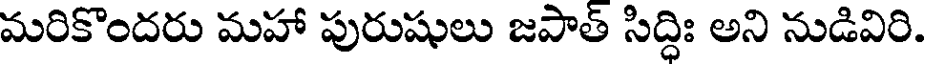
మరికొందరు మహా పురుషులు జపాత్ సిద్ధిః అని నుడివిరి.